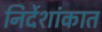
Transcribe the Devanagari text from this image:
निर्देशांकात